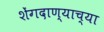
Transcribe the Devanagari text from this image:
शेंगदाण्याच्या